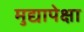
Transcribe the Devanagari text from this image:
मुद्यापेक्षा